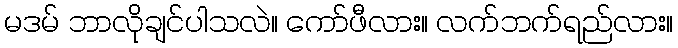
မဒမ် ဘာလိုချင်ပါသလဲ။ ကော်ဖီလား။ လက်ဘက်ရည်လား။